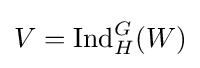
V={\text{Ind}}_{H}^{G}(W)